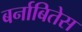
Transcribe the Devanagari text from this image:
बर्नाबितेस